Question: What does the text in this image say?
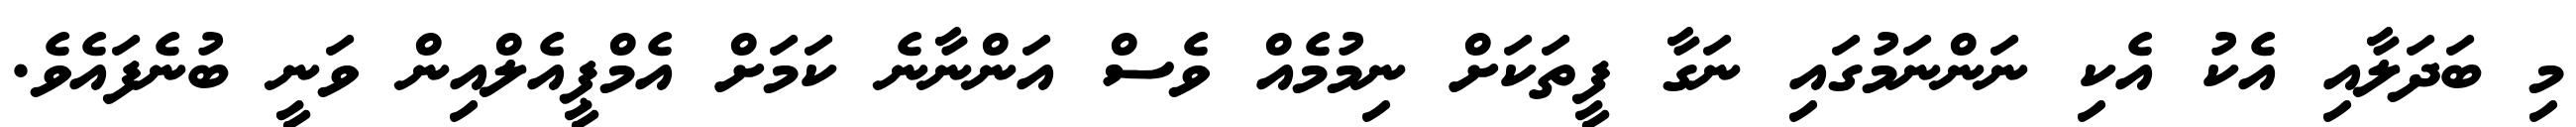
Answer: މި ބަދަލާއި އެކު އެކި ނަންނަމުގައި ނަގާ ފީތަކަށް ނިމުމެއް ވެސް އަންނާނެ ކަމަށް އެމްޕީއެލްއިން ވަނީ ބުނެފައެވެ.